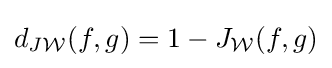
d_{J{\mathcal {W}}}(f,g)=1-J_{\mathcal {W}}(f,g)